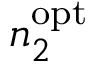
n _ { 2 } ^ { \mathrm { o p t } }